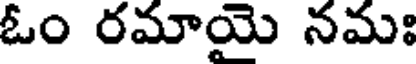
ఓం రమాయై నమః